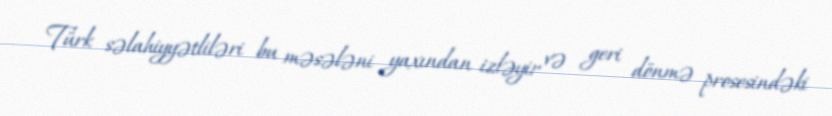
Türk səlahiyyətliləri bu məsələni yaxından izləyir və geri dönmə prosesindəki